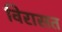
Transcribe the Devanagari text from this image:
विरासत